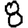
Digit: 8